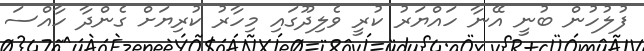
ފުލުހުން ބުނީ އޭނާ ހައްޔަރު ކުރީ ވެލިދޫގައި މިހާރު ކުރިޔަށް ގެންދާ ހާއްސަ